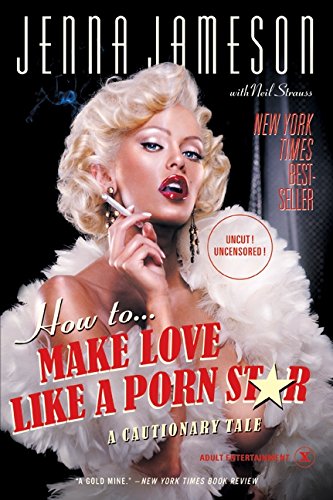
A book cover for How to Make Love Like a Porn Star: A Cautionary Tale; Jenna Jameson; Health, Fitness & Dieting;